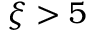
\xi > 5